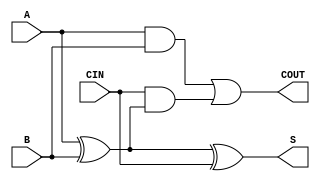

//1 bit full adder
module bit_full_adder(S, COUT, A, B, CIN);
	input A, B, CIN;
	
	output S, COUT;
	
	wire w0, w1, w2, w3, w4;
	
	xor xor0(w0, A, B);
	and and0(w1, A, B);
	and and1(w2, CIN, w0);
	xor xor1(S, w0, CIN);
	or or0(COUT, w1, w2);
	
endmodule

//8 bit full adder
module  adder(S, A, B) ;
	input [7:0] A, B;
	output [7:0] S;
	
	wire co0, co1, co2, co3, co4, co5, co6, co7;
	
	//use 8 1 bit full adders
	bit_full_adder bfa0( S[0], co0, A[0], B[0], 1'b0);
	bit_full_adder bfa1( S[1], co1, A[1], B[1], co0); 
	bit_full_adder bfa2( S[2], co2, A[2], B[2], co1);
	bit_full_adder bfa3( S[3], co3, A[3], B[3], co2);
	
	bit_full_adder bfa4( S[4], co4, A[4], B[4], co3);
	bit_full_adder bfa5( S[5], co5, A[5], B[5], co4);
	bit_full_adder bfa6( S[6], co6, A[6], B[6], co5);
	bit_full_adder bfa7( S[7], co7, A[7], B[7], co6);
	
endmodule  

	

//this mux can select between two 8 bit channels      
module mux(SELECT, IN1, IN2, OUT);
	input SELECT;         //select pin
	input [7:0] IN1, IN2; //inputs
	
	output [7:0] OUT;

	//use 8 2x1 muxs for each bit 
	mux2_1 MUX2_0(OUT[0], IN1[0], IN2[0], SELECT);  
	mux2_1 MUX2_1(OUT[1], IN1[1], IN2[1], SELECT);
	mux2_1 MUX2_2(OUT[2], IN1[2], IN2[2], SELECT);
	mux2_1 MUX2_3(OUT[3], IN1[3], IN2[3], SELECT);
	mux2_1 MUX2_4(OUT[4], IN1[4], IN2[4], SELECT);
	mux2_1 MUX2_5(OUT[5], IN1[5], IN2[5], SELECT);
	mux2_1 MUX2_6(OUT[6], IN1[6], IN2[6], SELECT);
	mux2_1 MUX2_7(OUT[7], IN1[7], IN2[7], SELECT);
		
		
endmodule   
 
//simple 1 bit 2x1 mux 
module mux2_1(OUT, D0, D1, SELECT); 
	input D0, D1, SELECT;
	output OUT;
	       
	wire w0, w1, w2;
	
	not(w0, SELECT);
	
	and a0(w1, D0, w0);
	and a1(w2, D1, SELECT);
	
	or or0(OUT, w1, w2);
	
endmodule
	
//8x1 mux 
module mux8_1(OUT, D0, D1, D2, D3, D4, D5, D6, D7, SELECT);
	input D0,D1, D2, D3, D4, D5, D6, D7;  //1 bit inputs
	input [2:0] SELECT;                   //3 bit select               	
	
	output OUT;     
	
	//this will select D value as ouput according to the select

	wire [2:0] SELECT_INVERT;
	         
	wire w0, w2, w3, w4, w5, w6, w7;
	
	assign SELECT_INVERT = ~SELECT;  //neg values of select bits
	
	and a0(w0, D0, SELECT_INVERT[2], SELECT_INVERT[1], SELECT_INVERT[0]);
	and a1(w1, D1, SELECT_INVERT[2], SELECT_INVERT[1], SELECT[0]);  
	and a2(w2, D2, SELECT_INVERT[2], SELECT[1], SELECT_INVERT[0]);
	and a3(w3, D3, SELECT_INVERT[2], SELECT[1], SELECT[0]);
	
	and a4(w4, D4, SELECT[2], SELECT_INVERT[1], SELECT_INVERT[0]);
	and a5(w5, D5, SELECT[2], SELECT_INVERT[1], SELECT[0]);
	and a6(w6, D6, SELECT[3], SELECT[1], SELECT_INVERT[0]);
	and a7(w7, D7, SELECT[2], SELECT[1], SELECT[0]); 
	
	or or0(OUT, w0, w1, w2, w3, w4, w5, w6, w7);
	
	
endmodule